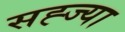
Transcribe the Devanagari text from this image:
सह्ज्या